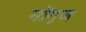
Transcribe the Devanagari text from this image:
मोंगूज